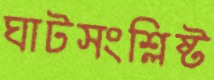
ঘাটসংশ্লিষ্ট